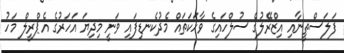
ފަލަސްތީނާއި އިޒްރޭލުގެ ސުލްހައިގެ ވާހަަކަތައް މެދުކެނޑިފައި ވަނީ މިދިޔަ އަހަރުގެ އެޕްރީލް މަހު